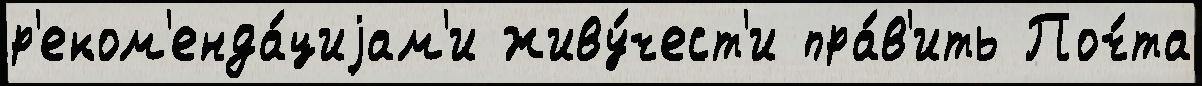
р'еком'енда́циjам'и живу́чест'и пра́в'ить Поч́та